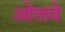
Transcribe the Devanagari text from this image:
ओलवे